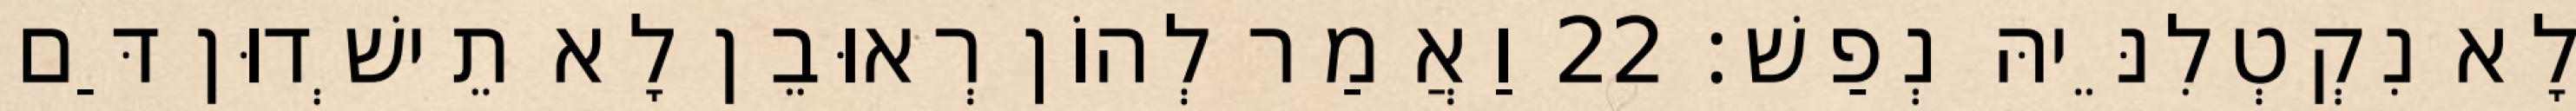
לָא נִקְטְלִנֵּיהּ נְפַשׁ׃ 22 וַאֲמַר לְהוֹן רְאוּבֵן לָא תֵישְׁדוּן דַּם